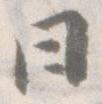
日